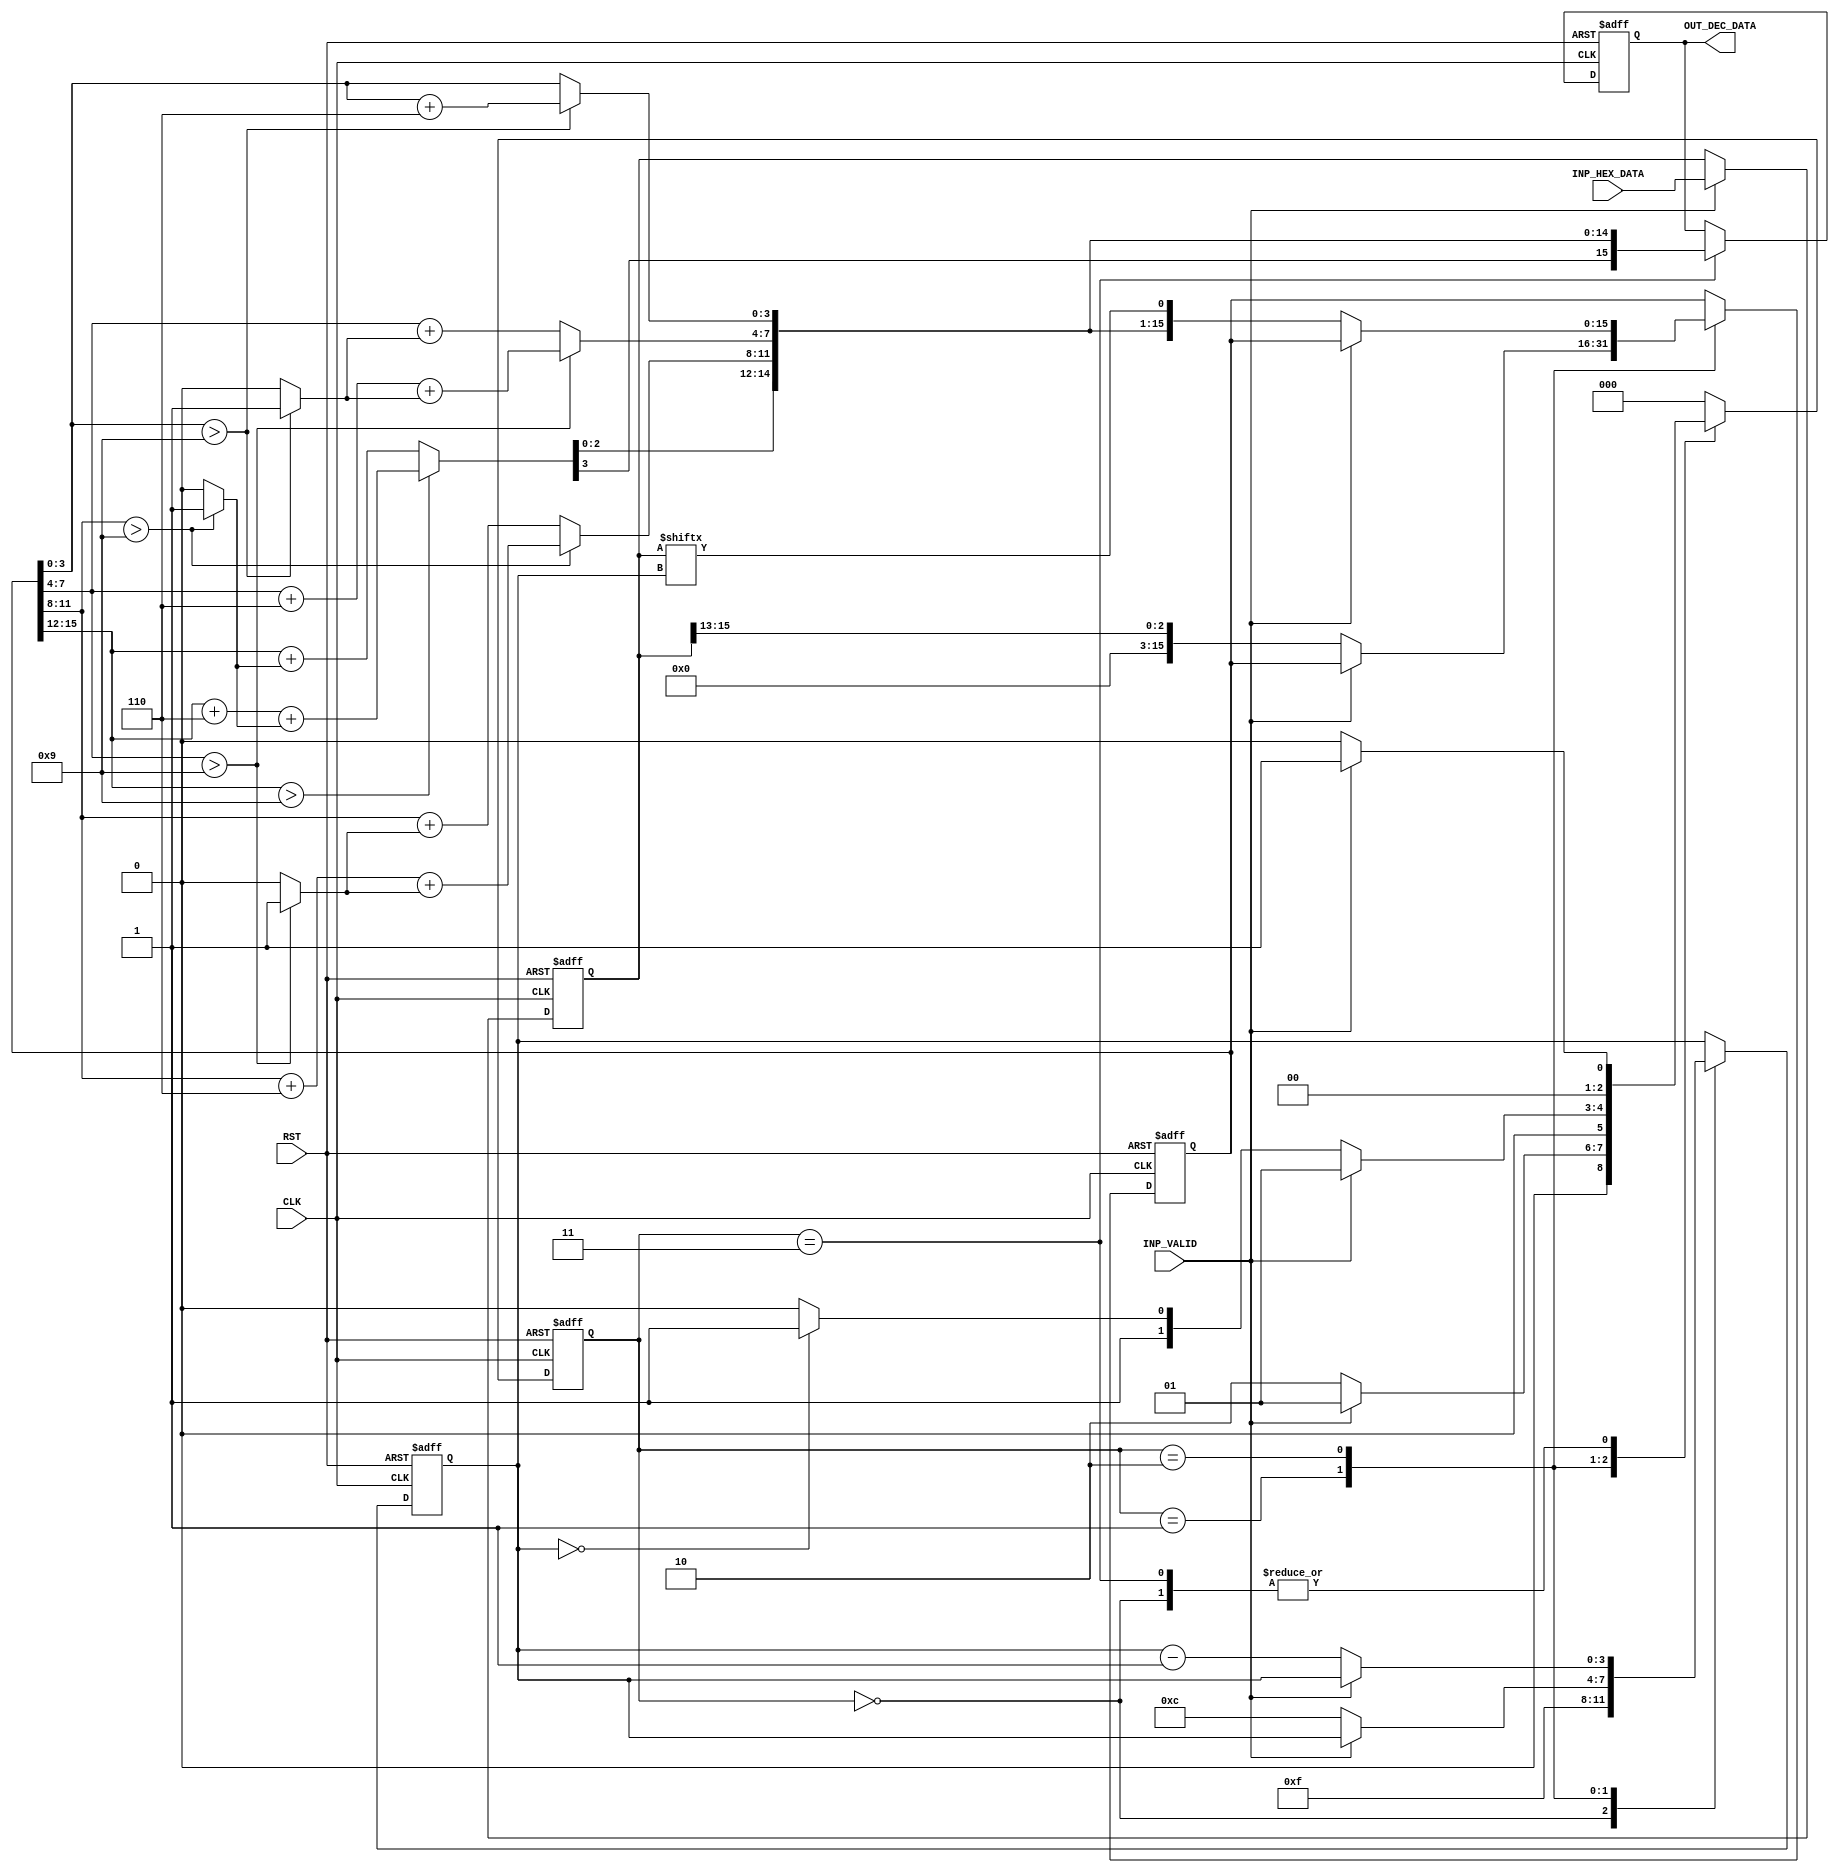
`timescale 1ns / 10ps
//////////////////////////////////////////////////////////////////////////////////
// Company: 
// Engineer: 
// 
// Design Name: 
// Module Name:    sample 
// Project Name: 
// Target Devices: 
// Tool versions: 
// Description: 
//
// Dependencies: 
//
// Revision: 
// Revision 0.01 - File Created
// Additional Comments: 
//
//////////////////////////////////////////////////////////////////////////////////

module hex_to_decimal(
	CLK,
	RST,
	INP_VALID,
	INP_HEX_DATA,
	OUT_DEC_DATA
);

parameter	IDLE		=	3'b000;
parameter	FIRST_SHIFT	=	3'b001;
parameter	SHIFTING	=	3'b010;
parameter	DONE		=	3'b011;

input	CLK;
input	RST;
input	INP_VALID;
input	[15:0]	INP_HEX_DATA;
output	[15:0]	OUT_DEC_DATA;


wire 	CLK;
wire	RST;
wire	INP_VALID;
wire	[15:0]	INP_HEX_DATA;
reg	[15:0]	OUT_DEC_DATA;


reg	[3:0]	carry;
reg	[15:0]	local_dec_data;

reg	[15:0]	inp_data_reg;
reg	[15:0]	inp_conv_data;

reg	[2:0]	state;
reg	[3:0]	count;


always @(*)
begin
	if(inp_conv_data[3:0] > 4'h9)
	begin
		local_dec_data[3:0]	=	inp_conv_data[3:0]	+ 4'h6;
		carry[0]		=	1'b1;
	end
	else
	begin
		local_dec_data[3:0]	=	inp_conv_data[3:0];
		carry[0]		=	1'b0;
	end
	if(inp_conv_data[7:4] > 4'h9)
	begin
		local_dec_data[7:4]	=	inp_conv_data[7:4]	+ 4'h6 + {3'h0, carry[0]};
		carry[1]		=	1'b1;
	end
	else
	begin
		local_dec_data[7:4]	=	inp_conv_data[7:4]	+ {3'h0, carry[0]};
		carry[1]		=	1'b0;
	end
	if(inp_conv_data[11:8] > 4'h9)
	begin
		local_dec_data[11:8]	=	inp_conv_data[11:8]	+ 4'h6 + {3'h0, carry[1]};
		carry[2]		=	1'b1;
	end
	else
	begin
		local_dec_data[11:8]	=	inp_conv_data[11:8]	+ {3'h0, carry[1]};
		carry[2]		=	1'b0;
	end
	if(inp_conv_data[15:12] > 4'h9)
	begin
		local_dec_data[15:12]	=	inp_conv_data[15:12]	+ 4'h6 + {3'h0, carry[2]};
		carry[3]		=	1'b1;
	end
	else
	begin
		local_dec_data[15:12]	=	inp_conv_data[15:12]	+ {3'h0, carry[2]};
		carry[3]		=	1'b0;
	end
end





always @(posedge CLK or posedge RST)
begin
	if(RST)
	begin
		OUT_DEC_DATA	<=	16'h0000;
		inp_conv_data	<=	16'h0000;
		state		<=	3'b000;
		count		<=	4'h0;
	end
	else
	begin
		case(state)
			IDLE:
			begin
				if(INP_VALID)
					state		<=	FIRST_SHIFT;
				else
					state		<=	IDLE;
				count			<=	4'hF;
			end
			FIRST_SHIFT:
			begin
				if(INP_VALID)
					state		<=	FIRST_SHIFT;
				else
				begin
					inp_conv_data	<=	{13'h0, inp_data_reg[15:13]};		
					count		<=	4'hC;
					state		<=	SHIFTING;
				end
			end
			SHIFTING:
			begin
				if(INP_VALID)
					state		<=	FIRST_SHIFT;
				else
				begin
					inp_conv_data	<=	{local_dec_data[14:0], inp_data_reg[count]};		
					count		<=	count - 4'h1;
					if(count	==	0)
						state	<=	DONE;
					else
						state	<=	SHIFTING;
				end
			end
			DONE:
			begin
				OUT_DEC_DATA		<=	local_dec_data;
				if(INP_VALID)
					state		<=	FIRST_SHIFT;
				else
					state		<=	IDLE;
			end
			default:	state		<=	IDLE;
		endcase
	end
end





always @(posedge CLK or posedge RST)
begin
	if(RST)
	begin
		inp_data_reg	<=	16'h0000;
	end
	else
	begin
		if(INP_VALID)
			inp_data_reg	<=	INP_HEX_DATA;
		else
			inp_data_reg	<=	inp_data_reg;
	end
end

endmodule